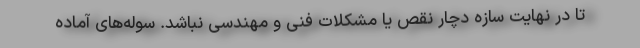
تا در نهایت سازه دچار نقص یا مشکلات فنی و مهندسی نباشد. سوله‌های آماده